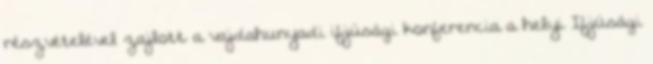
részvételével zajlott a vajdahunyadi ifjúsági konferencia a helyi Ifjúsági